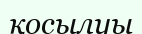
қосылуы